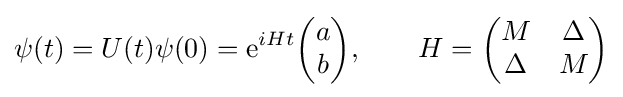
\psi (t)=U(t)\psi (0)={\rm {e}}^{iHt}{\begin{pmatrix}a\\b\end{pmatrix}},\qquad H={\begin{pmatrix}M&\Delta \\\Delta &M\end{pmatrix}}